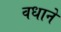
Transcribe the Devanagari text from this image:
वधाने